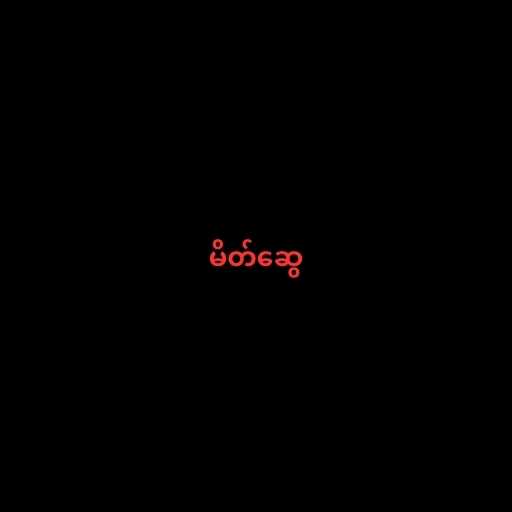
မိတ်ဆွေ